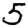
Digit: 5